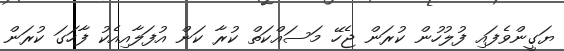
ޔަގީންވެފައި ފުލުހުން ކުރަން ޖެހޭ މަސައްކަތް ކުރާ ކަން އުފަލާއިއެކު ފާހަގަ ކުރަން